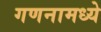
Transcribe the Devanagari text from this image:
गणनामध्ये